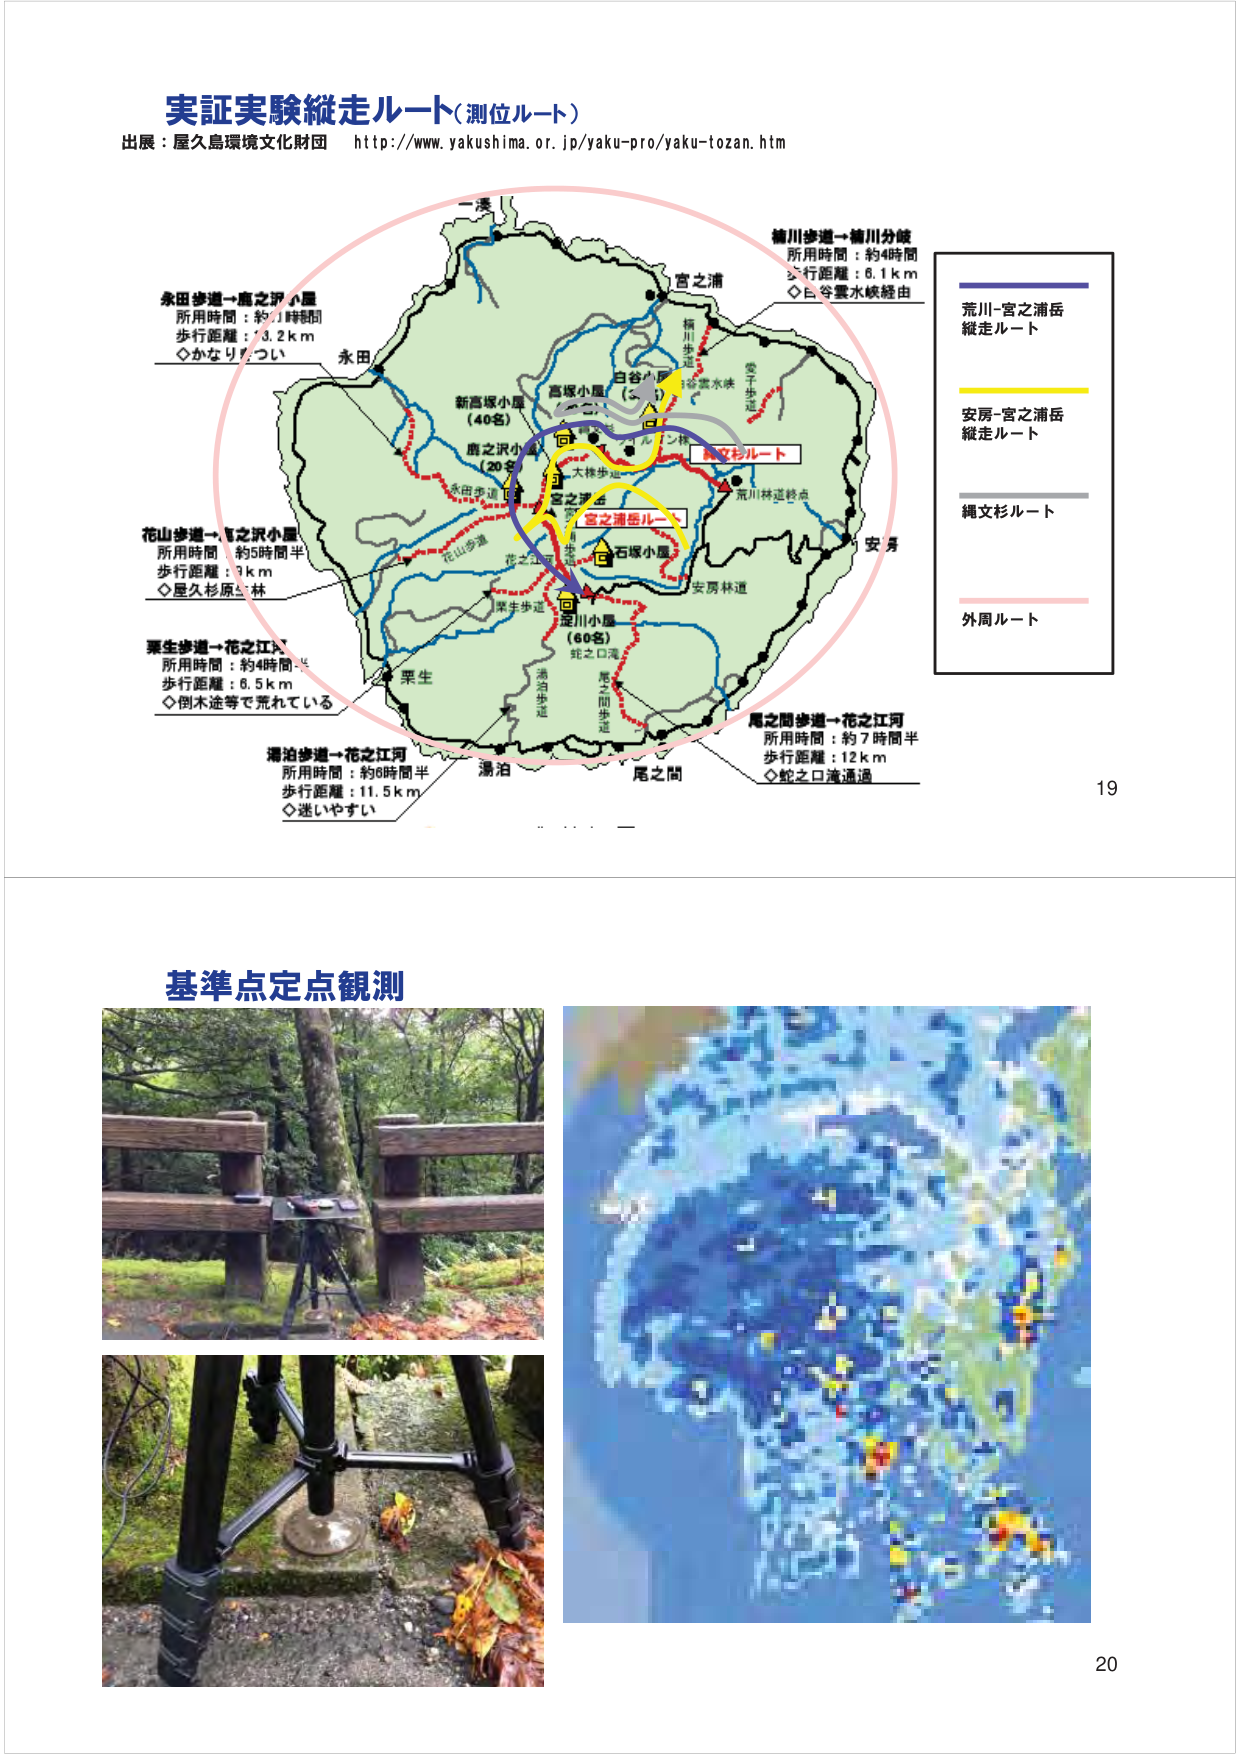
実証実験縦走ルート（測位ルート）
出展：屋久島環境文化財団　http://www.yakushima.or.jp/yaku-pro/yaku-tozan.htm

永田歩道→鹿之沢小屋
所用時間：約1時間
歩行距離：3.2km
◇かなりきつい

花山歩道→鹿之沢小屋
所用時間：約5時間半
歩行距離：1km
◇星久杉原生林

栗生歩道→花之江河
所用時間：約4時間
歩行距離：6.5km
◇倒木途等で荒れている

湯泊歩道→花之江河
所用時間：約6時間半
歩行距離：11.5km
◇迷いやすい

楠川歩道→楠川分岐
所用時間：約4時間
歩行距離：6.1km
◇白今雲水峡経由

荒川-宮之浦岳
縦走ルート

安房-宮之浦岳
縦走ルート

縄文杉ルート

外周ルート

尾之間歩道→花之江河
所用時間：約7時間半
歩行距離：12km
◇蛇之口滝通過

一湊
宮之浦
永田
新高塚小屋（40名）
鹿之沢小屋（20名）
白谷小屋（30名）
高塚小屋
大株歩道
宮之浦岳
石塚小屋
足川小屋（60名）
蛇之口滝
安房林道
尾之間
湯泊
栗生
安房
荒川林道終点
愛子歩道
楠川歩道
今雲水峡
花山歩道
栗生歩道
湯泊歩道
尾之間歩道
花之江河

19

基準点定点観測

20